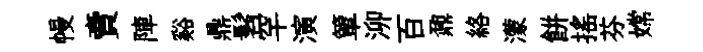
幔賣陣谿鼎髫罕演簞泖百鼐絡濛餅搖芬嫦